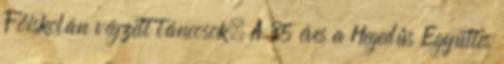
Főiskolán végzett táncosok. A 35 éves a Hegedűs Együttes